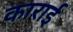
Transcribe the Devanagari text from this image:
काराई